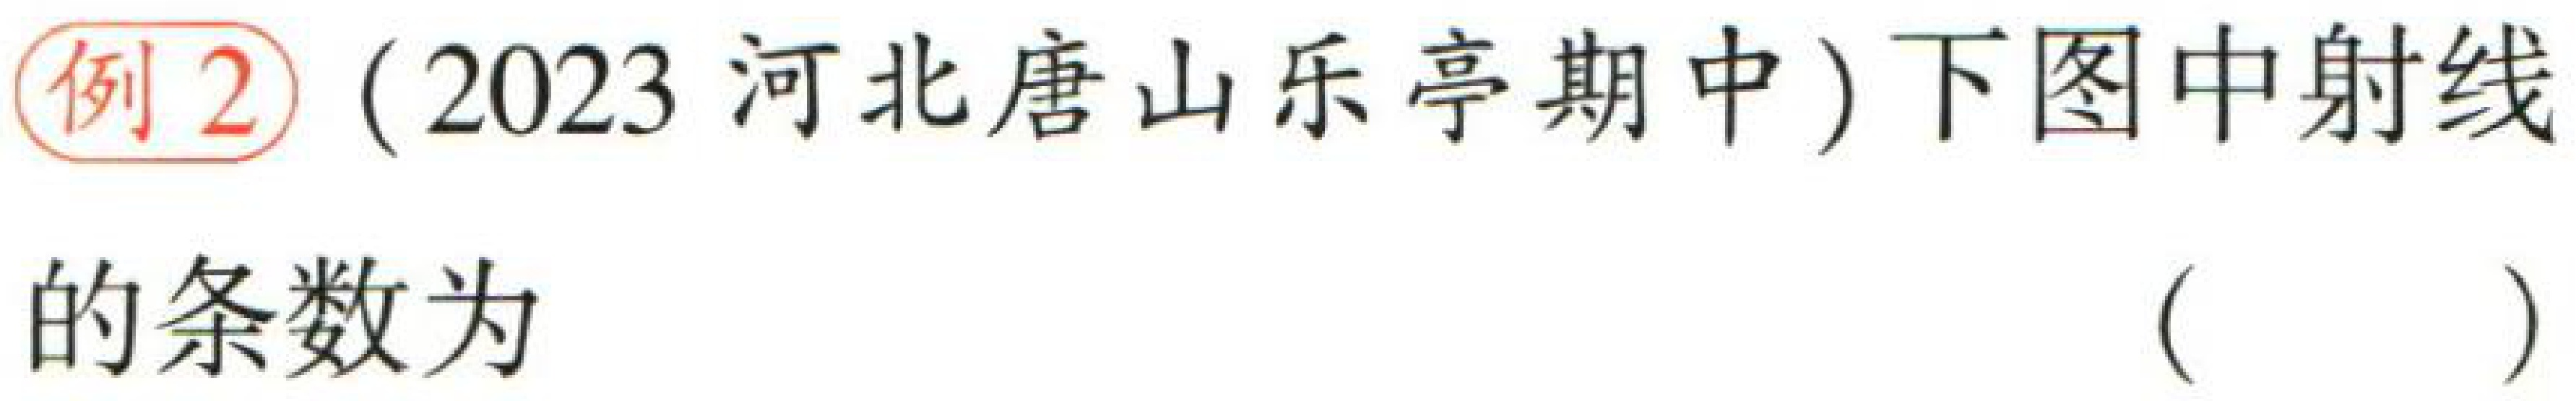
例2（2023河北唐山乐亭期中）下图中射线的条数为（  ）